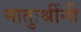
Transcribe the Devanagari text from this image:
मातुःश्रींनी